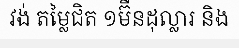
វង់ តម្លៃជិត ១ម៊ឺនដុល្លារ និង